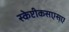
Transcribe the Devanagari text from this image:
स्केप्टीकसएसए